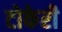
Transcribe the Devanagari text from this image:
टोकेरी